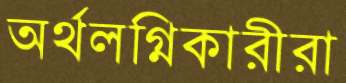
অর্থলগ্নিকারীরা